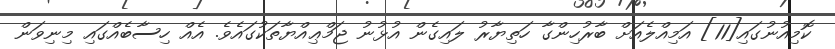
ކޮމިއުނުގައި[11] އަމިއްލެއަށް ބާރުހިންގާ ހަތިޔާރު ލައިގެން އުޅުނު ޖަމްޢިއްޔާތަކުގައެވެ. އެއް ހިސާބެއްގައި މިނިވަން